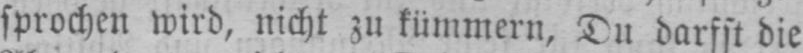
sprochen wird, nicht zu kümmern, Du darfst die